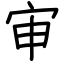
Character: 审